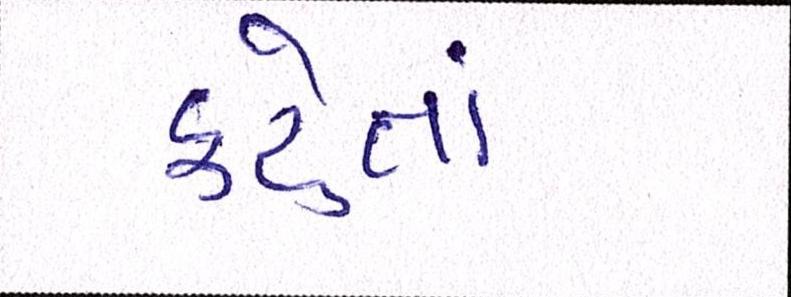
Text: કહેતાં